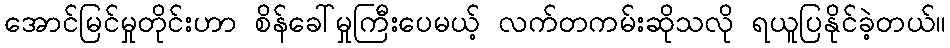
အောင်မြင်မှုတိုင်းဟာ စိန်ခေါ်မှုကြီးပေမယ့် လက်တကမ်းဆိုသလို ရယူပြနိုင်ခဲ့တယ်။